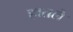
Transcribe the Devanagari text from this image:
हातले